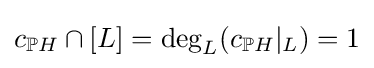
c_{\mathbb {P} H}\cap [L]=\deg _{L}(c_{\mathbb {P} H}|_{L})=1